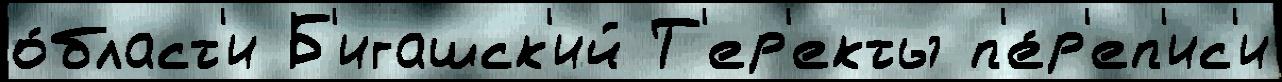
о́бласт'и Б'игашск'ий Т'ер'екты п'е́р'еп'ис'и